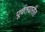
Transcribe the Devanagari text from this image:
पूर्वतयारीत